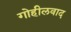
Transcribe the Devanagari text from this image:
गोहीलवाद